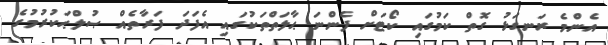
އެންމެ ރަނގަޅު ގޮތް ކަމުގައި ކޯޓަށް ފެންނަ ޙާލަތްތަކުގައި އެފަދަ ފަރާތެއް ޞުލްޙަކުރުމުގެ